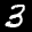
Label: 3